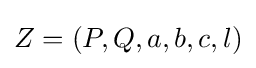
Z=(P,Q,a,b,c,l)